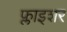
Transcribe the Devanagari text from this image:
फ्लाइशर